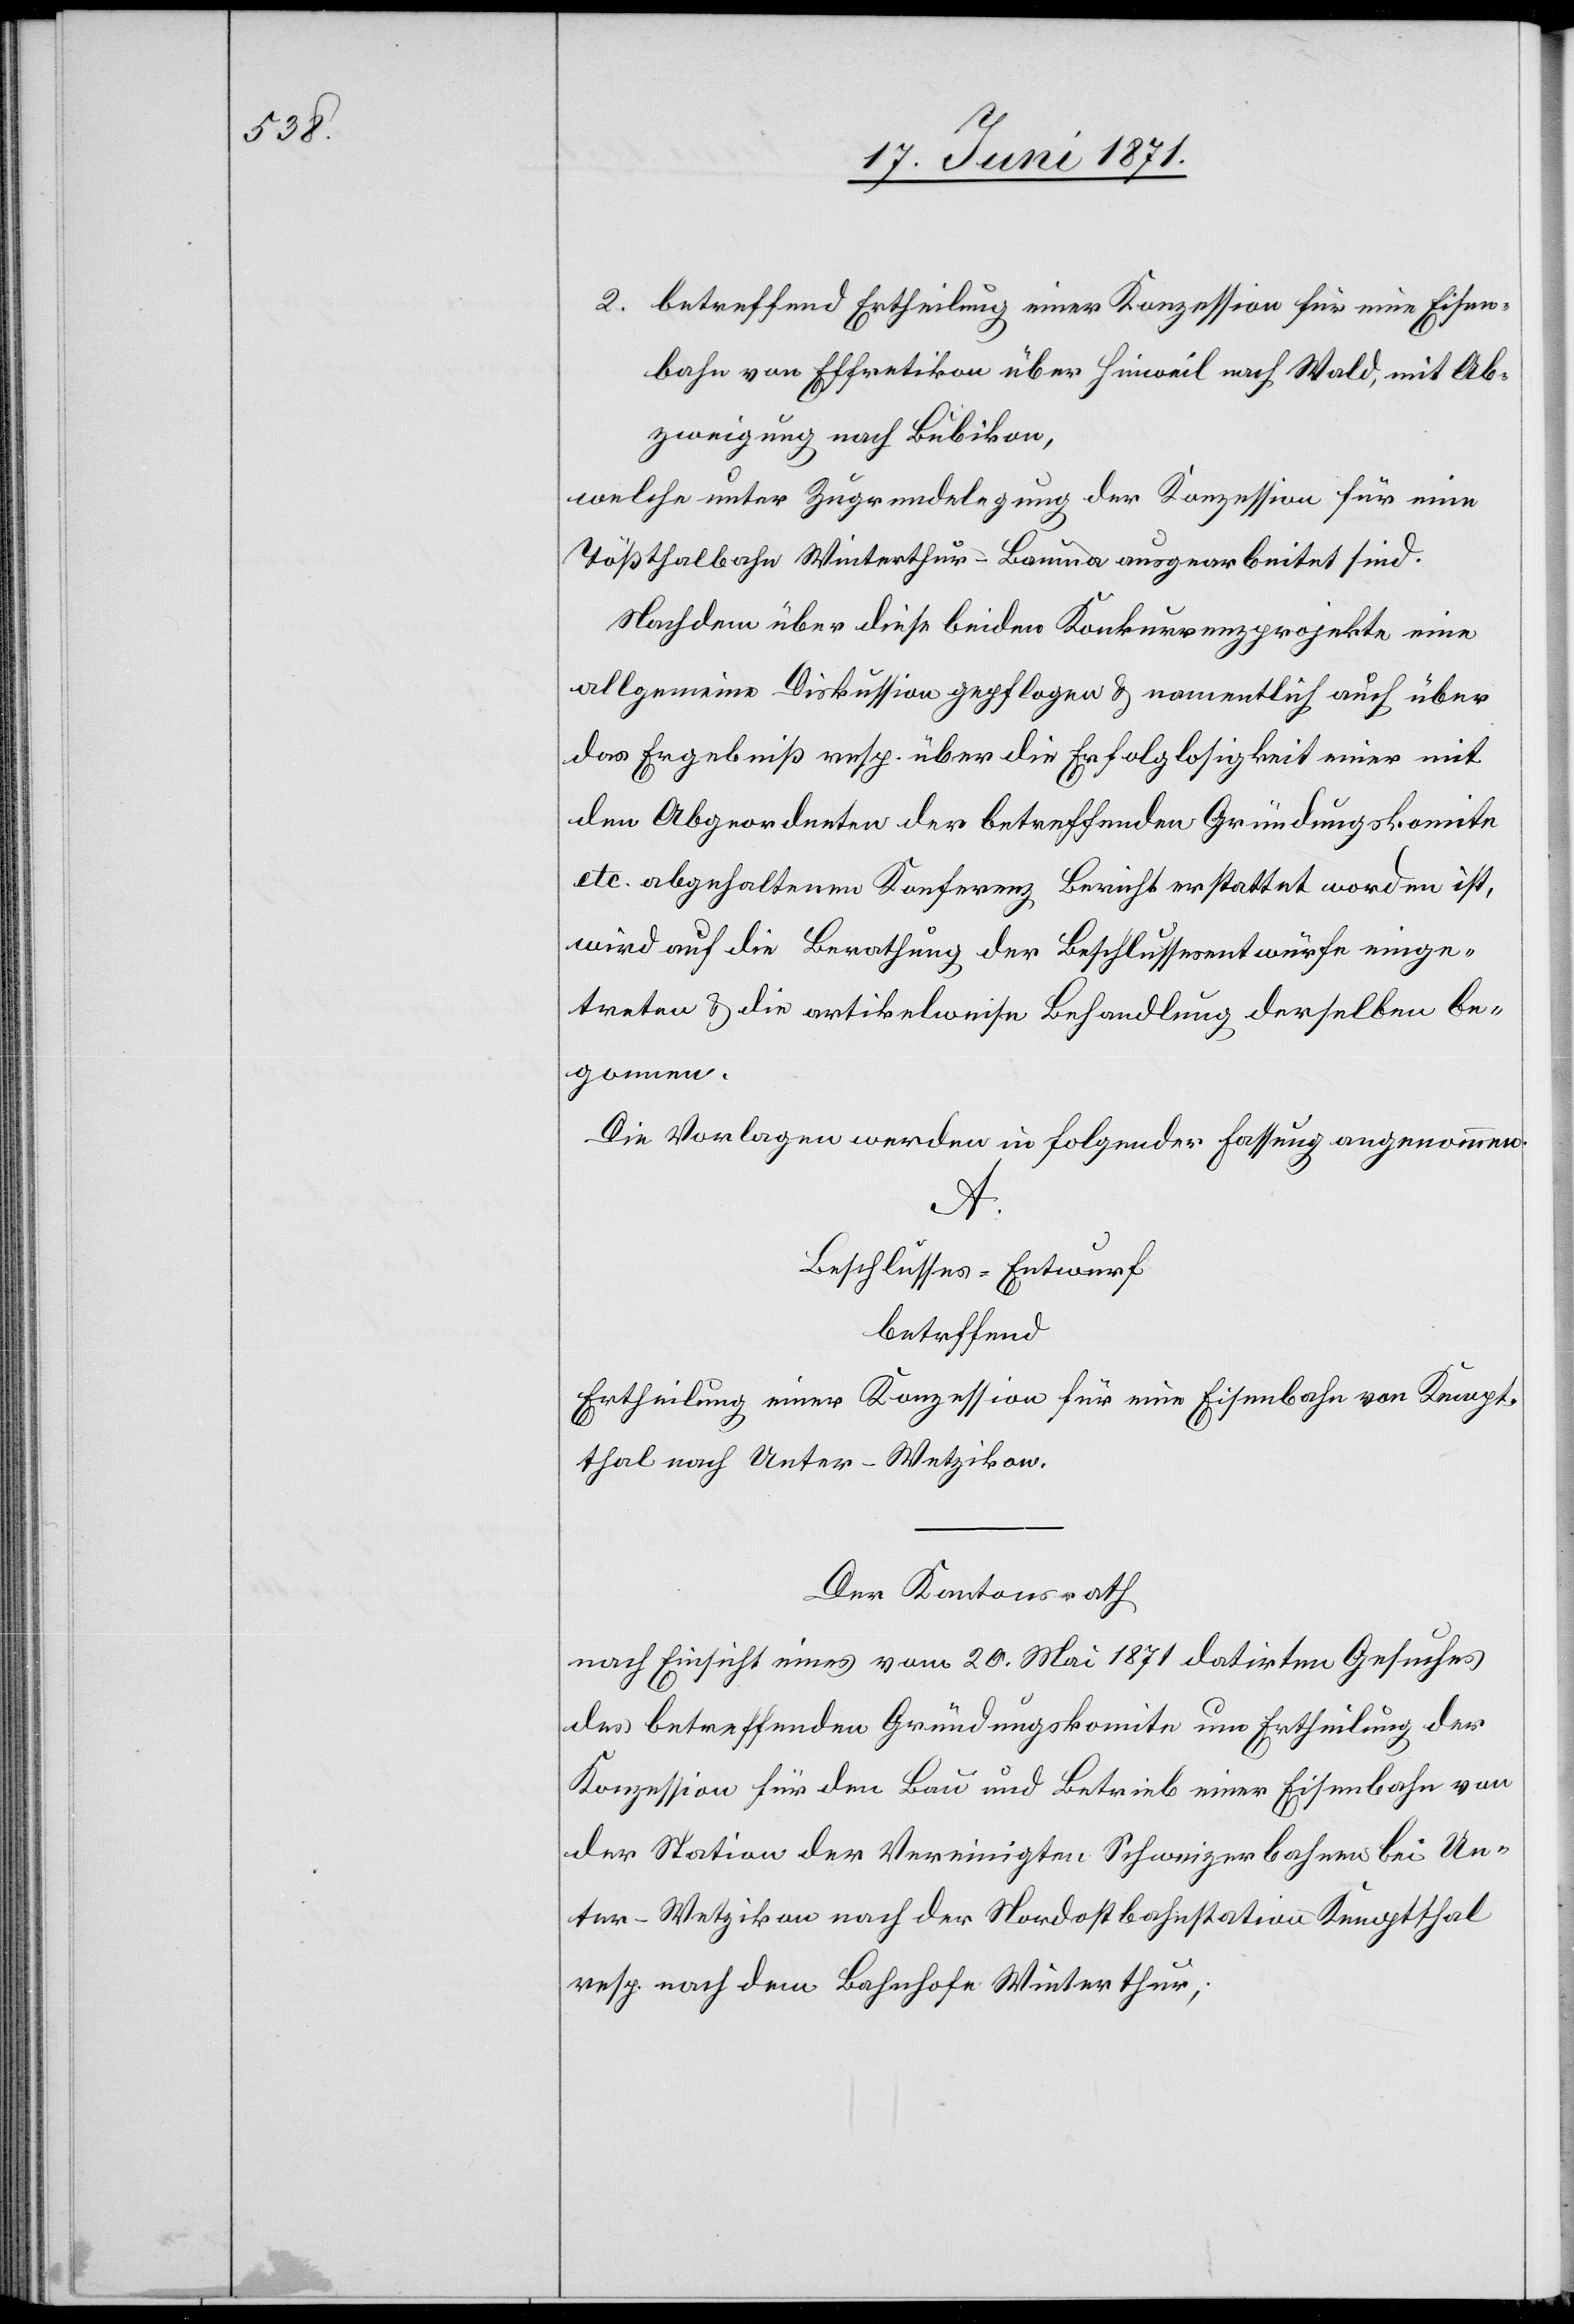
2. betreffend Ertheilung einer Konzession für eine Eisen¬
bahn von Effretikon über Hinweil nach Wald, mit Ab¬
zweigung nach Bubikon,
welche unter Zugrundelegung der Konzession für eine
Tößthalbahn Winterthur-Bauma ausgearbeitet sind.
Nachdem über diese beiden Konkurrenzprojekte eine
allgemeine Diskussion gepflogen u. namentlich auch über
das Ergebniß resp. über die Erfolglosigkeit einer mit
den Abgeordneten der betreffenden Gründungskomite
etc. abgehaltenen Konferenz Bericht erstattet worden ist,
wird auf die Berathung der Beschlussesentwürfe einge¬
treten u. die artikelweise Behandlung derselben be¬
gonnen.
Die Vorlagen werden in folgender Fassung angenommen.
A.
Beschlusses-Entwurf
betreffend
Ertheilung einer Konzession für eine Eisenbahn von Kempt¬
thal nach Unter-Wetzikon.
Der Kantonsrath
nach Einsicht eines vom 20. Mai 1871 datirten Gesuches
des betreffenden Gründungskomite um Ertheilung der
Konzession für den Bau und Betrieb einer Eisenbahn von
der Station der Vereinigten Schweizerbahnen bei Un¬
ter-Wetzikon nach der Nordostbahnstation Kemptthal
resp. nach dem Bahnhofe Winterthur;